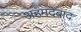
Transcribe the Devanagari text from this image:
अहमदबाद